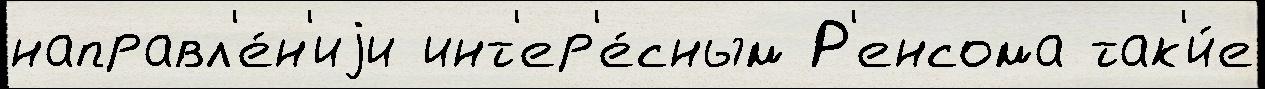
направл'е́н'иjи инт'ер'е́сным Р'енсома так'и́е